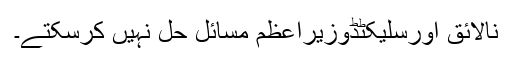
نالائق اورسلیکٹڈوزیراعظم مسائل حل نہیں کرسکتے۔